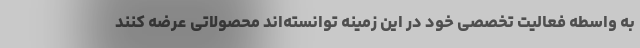
به واسطه فعالیت تخصصی خود در این زمینه توانسته‌اند محصولاتی عرضه کنند